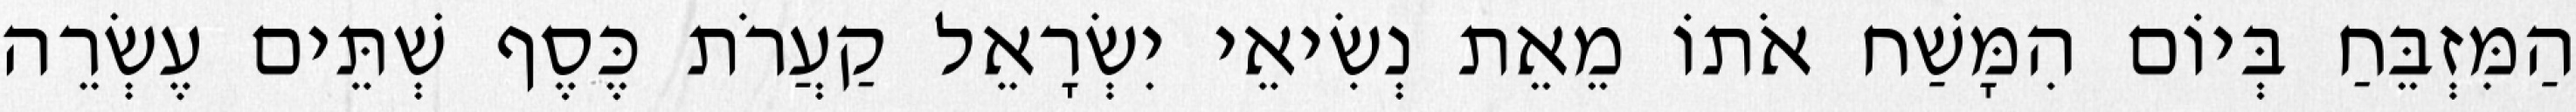
הַמִּזְבֵּחַ בְּיוֹם הִמָּשַׁח אֹתוֹ מֵאֵת נְשִׂיאֵי יִשְׂרָאֵל קַעֲרֹת כֶּסֶף שְׁתֵּים עֶשְׂרֵה